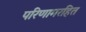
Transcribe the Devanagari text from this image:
परिणामरहित